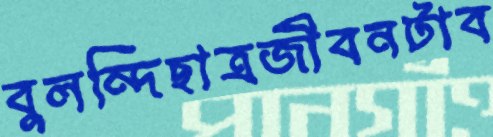
বুলন্দিছাত্রজীবনটাব